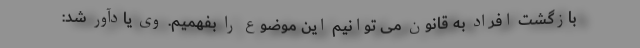
بازگشت افراد به قانون می توانیم این موضوع را بفهمیم. وی یادآور شد: